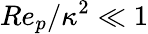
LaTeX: Re_{p}/\kappa^{2}\ll 1